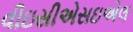
વીઇસીએસઇએલ